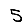
Digit: 5